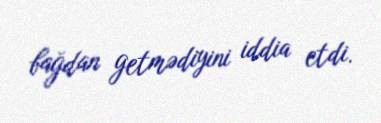
bağdan getmədiyini iddia etdi.